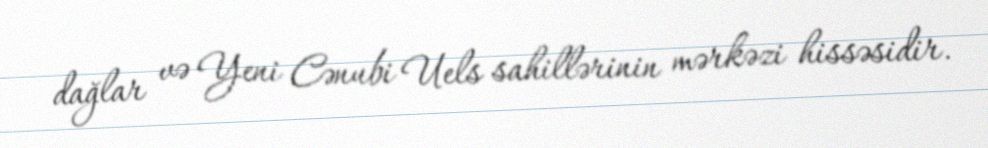
dağlar və Yeni Cənubi Uels sahillərinin mərkəzi hissəsidir.